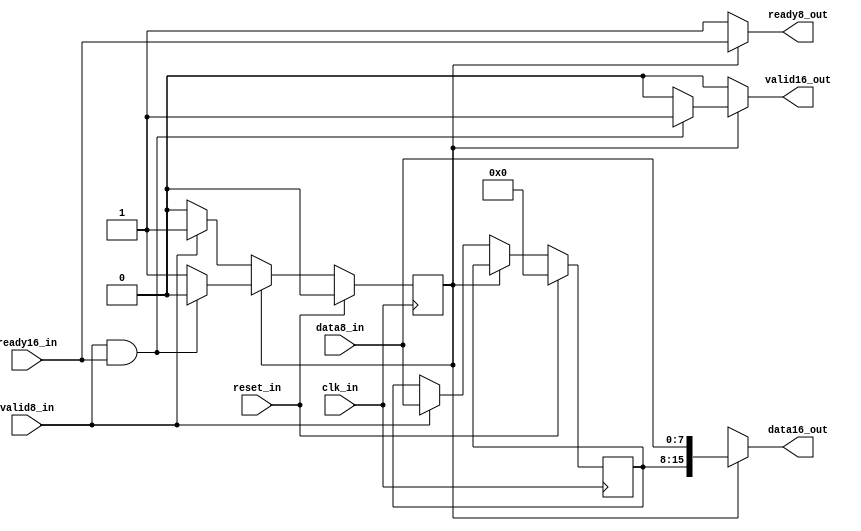
// File conv_8to16.vhdl translated with vhd2vl v2.5 VHDL to Verilog RTL translator
// vhd2vl settings:
//  * Verilog Module Declaration Style: 2001

// vhd2vl is Free (libre) Software:
//   Copyright (C) 2001 Vincenzo Liguori - Ocean Logic Pty Ltd
//     http://www.ocean-logic.com
//   Modifications Copyright (C) 2006 Mark Gonzales - PMC Sierra Inc
//   Modifications (C) 2010 Shankar Giri
//   Modifications Copyright (C) 2002, 2005, 2008-2010, 2015 Larry Doolittle - LBNL
//     http://doolittle.icarus.com/~larry/vhd2vl/
//
//   vhd2vl comes with ABSOLUTELY NO WARRANTY.  Always check the resulting
//   Verilog for correctness, ideally with a formal verification tool.
//
//   You are welcome to redistribute vhd2vl under certain conditions.
//   See the license (GPLv2) file included with the source for details.

// The result of translation follows.  Its copyright status should be
// considered unchanged from the original VHDL.

//
// Copyright (C) 2012 Chris McClelland
//
// This program is free software: you can redistribute it and/or modify
// it under the terms of the GNU Lesser General Public License as published by
// the Free Software Foundation, either version 3 of the License, or
// (at your option) any later version.
//
// This program is distributed in the hope that it will be useful,
// but WITHOUT ANY WARRANTY; without even the implied warranty of
// MERCHANTABILITY or FITNESS FOR A PARTICULAR PURPOSE.  See the
// GNU Lesser General Public License for more details.
//
// You should have received a copy of the GNU Lesser General Public License
// along with this program.  If not, see <http://www.gnu.org/licenses/>.
//
`timescale 1ns/1ps

module CONV_8TO16(
// System clock
input wire clk_in,
input wire reset_in,
// 8-bit data coming in
input wire [7:0] data8_in,
input wire valid8_in,
output reg ready8_out,
// 16-bit data going out
output reg [15:0] data16_out,
output reg valid16_out,
input wire ready16_in
);

parameter [0:0]
  S_WAIT_MSB = 0,
  S_WAIT_LSB = 1;

reg state = S_WAIT_MSB;
reg state_next;
reg [7:0] msb = 0;
reg [7:0] msb_next;

  // Infer registers
  always @(posedge clk_in) begin
    if((reset_in == 1'b 1)) begin
      state <= S_WAIT_MSB;
      msb <= 8'b00;
    end
    else begin
      state <= state_next;
      msb <= msb_next;
    end
  end

  // Next state logic
  //process(state, msb, data8_in, valid8_in)
  always @(state or msb or data8_in or valid8_in or ready16_in) begin
    state_next <= state;
    msb_next <= msb;
    valid16_out <= 1'b 0;
    case(state)
        // Wait for the LSB to arrive:
    S_WAIT_LSB : begin
      ready8_out <= ready16_in;
      // ready for data from 8-bit side
      data16_out <= {msb,data8_in};
      if((valid8_in == 1'b 1 && ready16_in == 1'b 1)) begin
        valid16_out <= 1'b 1;
        state_next <= S_WAIT_MSB;
      end
      // Wait for the MSB to arrive:
    end
    default : begin
      ready8_out <= 1'b 1;
      // ready for data from 8-bit side
      data16_out <= {16{1'bX}};
      if((valid8_in == 1'b 1)) begin
        msb_next <= data8_in;
        state_next <= S_WAIT_LSB;
      end
    end
    endcase
  end


endmodule